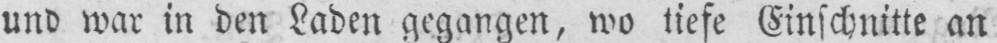
und war in den Laden gegangen, wo tiefe Einschnitte an